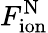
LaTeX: F_{\mathrm{ion}}^{\mathrm{N}}